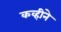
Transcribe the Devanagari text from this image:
कव्हीने